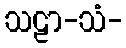
သဠာ-သံ-